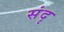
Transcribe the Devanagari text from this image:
संदृ